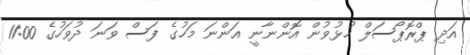
އަދި ޕްރޮޕޯސަލް ހުޅުވުން އޮންނާނީ އަންނަ މަހުގެ ފަސް ވަނަ ދުވަހުގެ 11:00